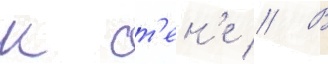
к ст'ен'е // В